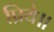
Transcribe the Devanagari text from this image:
प्रिये॥